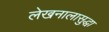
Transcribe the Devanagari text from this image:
लेखनालासुद्धा